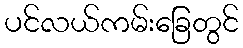
ပင်လယ်ကမ်းခြေတွင်